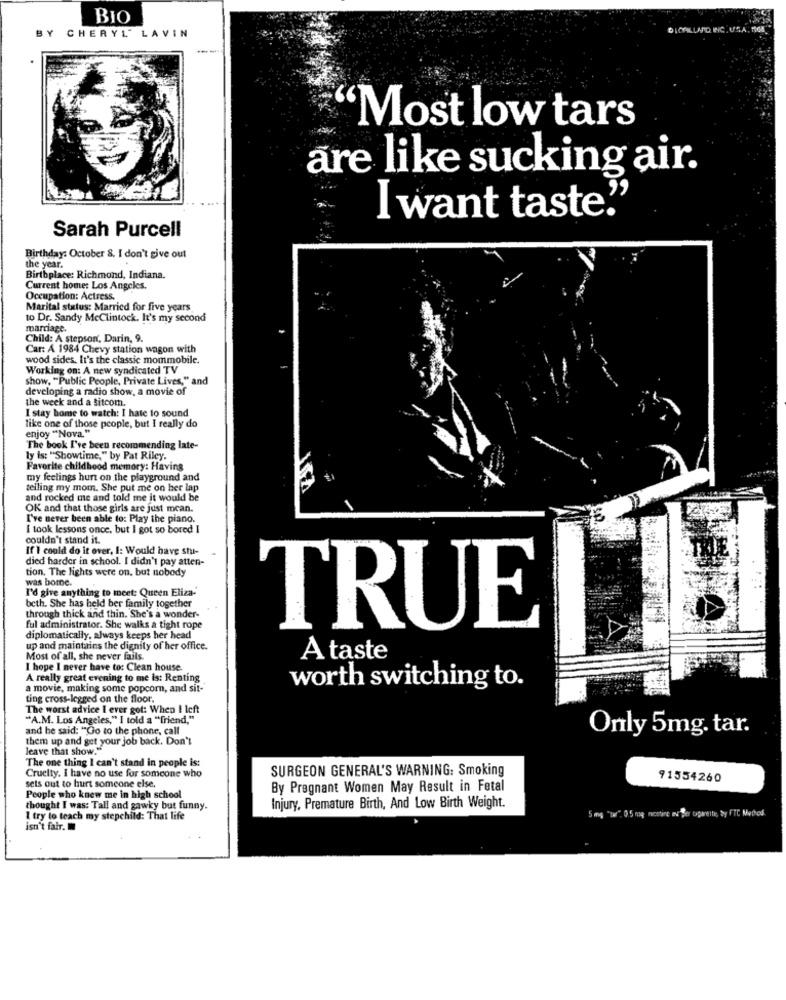
BIO
DICALLAPO WNC. USA. TIOM
BY CHERYL' LAVIN
"Most low tars
are like sucking air.
I want taste."
Sarah Purcell
Birthday: October 8. I don't give out
the year.
Birthplace: Richmond, Indiana.
Current home: Los Angeles.
Occupation: Actress.
Marital status: Married for five years
to Dr. Sandy Mcclintock. It's my second
marriage.
Child: A stepson', Darin, 9.
Car: A 1984 Chevy station wagon with
wood sides. It's the classic mommobile.
Working on: A new syndicated TV
show, "Public People, Private Lives," and
developing a radio show, a movie of
the week and a sitcom.
I stay home to watch: I hate to sound
like one of those people, but I really do
enjoy "Nova."
The book I've been recommending late-
ly is: "Showtime," by Pat Riley.
Favorite childhood memory: Having
my feelings hurt on the playground and
telling my mom. She put me on her lap
and rocked me and told me it would be
OK and that those girls are just mcan.
I've never been able to: Play the piano.
I took lessons once, but I got so bored I
couldn't stand it.
If I could do it over, I: Would have stu-
died harder in school. I didn't pay atten-
tion. The lights were on, but nobody
was borne.
I'd give anything to meet: Queen Eliza-
beth. She has held ber family together
through thick and thin. She's a wonder-
ful administrator. She walks a tight rope
TRUE
diplomatically, always keeps her head
up and maintains the dignity of her office.
Most of all, she never fails.
A taste
I hope I never have to: Clean house.
A really great evening to me is: Renting
a movie, making some popcorn, and sit-
worth switching to.
ting cross-legged on the floor.
The worst advice I ever got: When I left
"A.M. Los Angeles," I told a "friend,"
and he said: "Go to the phone, call
them up and get your job back. Don't
Only 5mg. tar.
leave that show."
The one thing I can't stand in people is:
Cruelty. I have no use for someone who
SURGEON GENERAL'S WARNING: Smoking
91554260
sets out to hurt someone else,
By Pregnant Women May Result in Fetal
People who knew me in high school
thought I was: Tall and gawky but funny.
Injury, Premature Birth, And Low Birth Weight.
5 mg "Bar", 0:5 nog mostinc av fler cigarettes, by FTC Method
I try to teach my stepchild: That life
isn't fair.